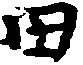
田